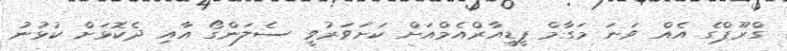
ގްރޫޕްގެ އެއް ވަނަ މަގާމް ޕީޑީއާރްއެމްއަށް ކަށަވަރުވީ ސެލަންގޯ އާއި ދެކޮޅަށް ކުޅުނު